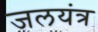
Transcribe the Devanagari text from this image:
जलयंत्र